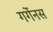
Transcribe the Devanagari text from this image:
गर्गेनस